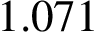
1 . 0 7 1